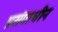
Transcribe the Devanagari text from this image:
प्रसंगाधीन